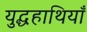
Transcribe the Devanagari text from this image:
युद्धहाथियाँ